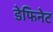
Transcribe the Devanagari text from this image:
डेफिनेट